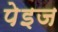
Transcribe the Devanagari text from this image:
पेइज